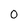
Character: 0